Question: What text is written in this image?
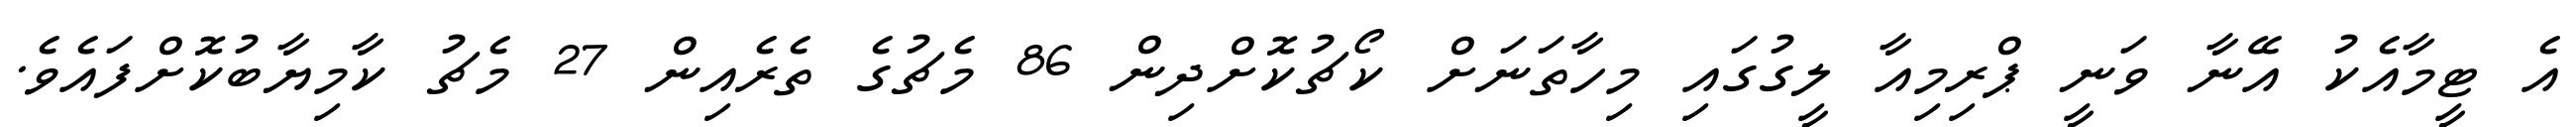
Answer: އެ ޓީމާއެކު އޭނާ ވަނީ ޕްރިމިއާ ލީގުގައި މިހާތަނަށް ކޯޗުކޮށްދިން 86 މެޗުގެ ތެރެއިން 27 މެޗު ކާމިޔާބުކޮށްފައެވެ.